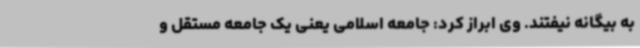
به بیگانه نیفتند. وی ابراز کرد: جامعه اسلامی یعنی یک جامعه مستقل و